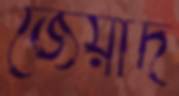
জেয়াদ